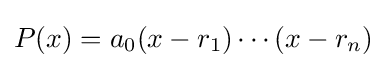
P(x)=a_{0}(x-r_{1})\cdots (x-r_{n})